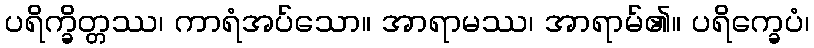
ပရိက္ခိတ္တဿ၊ ကာရံအပ်သော။ အာရာမဿ၊ အာရာမ်၏။ ပရိက္ခေပံ၊